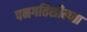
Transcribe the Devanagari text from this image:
पनगतिशीलता